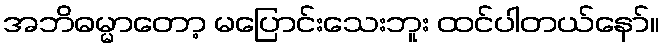
အဘိဓမ္မာတော့ မပြောင်းသေးဘူး ထင်ပါတယ်နော်။